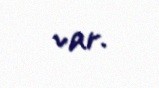
var.